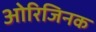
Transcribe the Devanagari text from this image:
ओरिजिनक